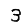
Digit: 3